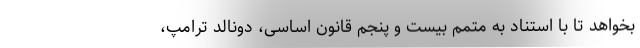
بخواهد تا با استناد به متمم بیست و پنجم قانون اساسی، دونالد ترامپ،